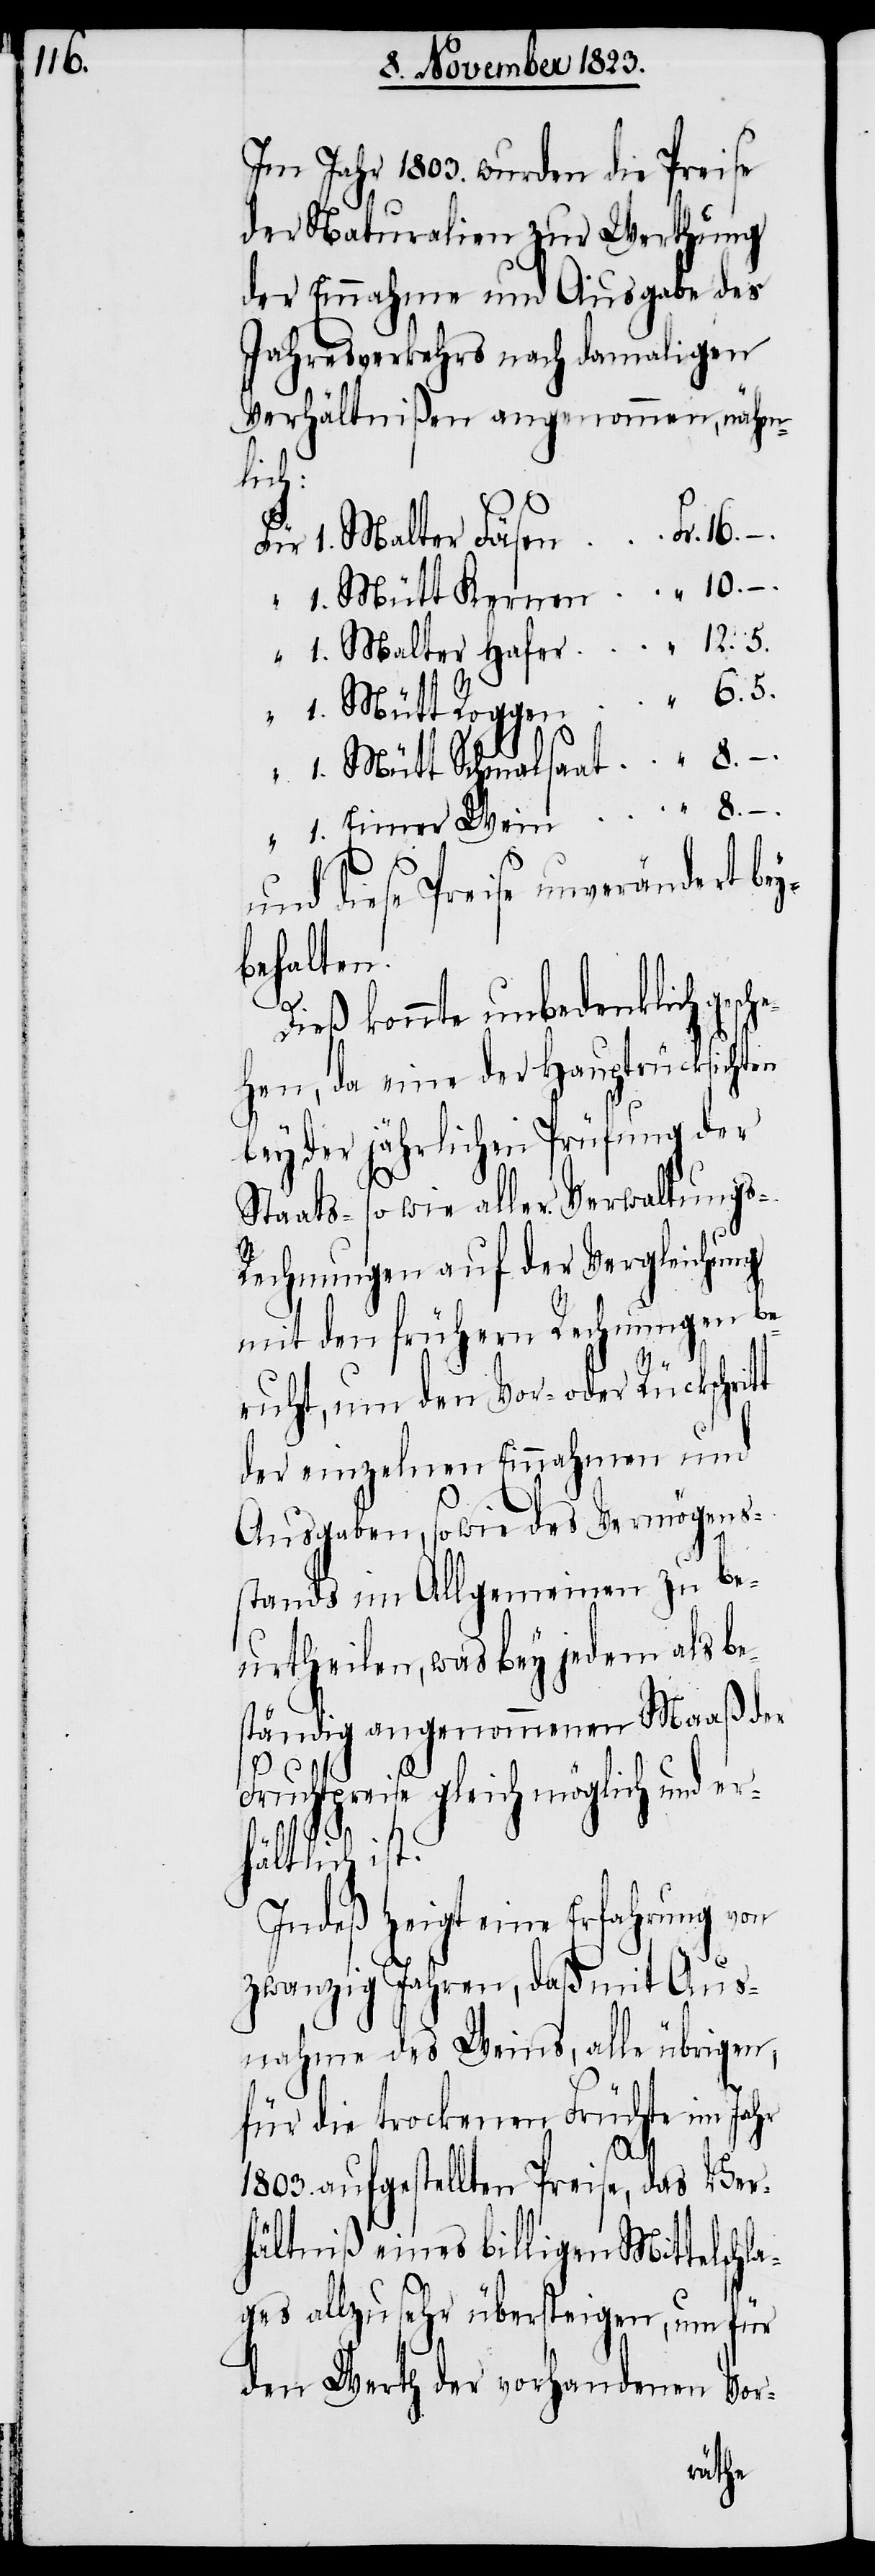
Im Jahr 1803. wurden die Preise
der Naturalien zur Werthung
der Einnahme und Ausgabe des
Jahresverkehrs nach damaligen
Verhältnißen angenommen, nähm¬
t
1. Malter Hafer
1. Eimer Wein
und diese Preise unverändert be¬
behalten.
Dieß konnte unbedenklich gesc¬
hen, da eine der Hauptrücksichten
bey der jährlichen Prüfung der
Staats- sowie aller Verwaltungs-R¬
echnungen auf der Vergleichung
mit den frühern Rechnungen be¬
ruht, um den Vor- oder Rückschrit¬
der einzelnen Einnahmen und
Ausgaben, sowie des Vermögens¬
stands im Allgemeinen zu be¬
urtheilen, was bey jedem als be¬
ständig angenommenen Maaß der
Fruchtpreise gleich möglich und er¬
1.
hältlich ist.
Indeß zeigt eine Erfahrung von
zwanzig Jahren, daß mit Aus¬
nahme des Weins, alle übrigen,
für die trockenen Früchte im Jahr
8.
1803. aufgestellten Preise, das Ver¬
hältniß eines billigen Mittelschl¬
ages allzu sehr übersteigen, um für
den Werth der vorhandenen Vor-